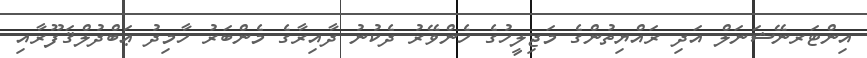
އިންޓަރނޭޝަނަލް އަދި ރައްޔިތުންގެ މަޖިލީހުގެ ހެންވޭރު ދެކުނު ދާއިރާގެ މެންބަރު ހާމިދު ޢަބްދުލްޤަފޫރާއި